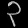
Digit: ၃